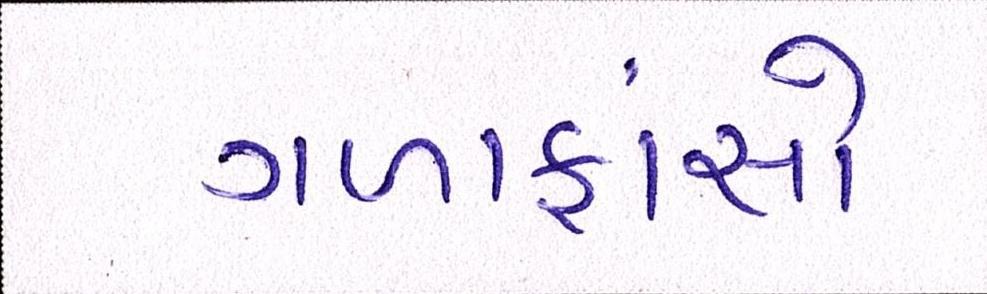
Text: ગળાફાંસો